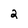
Character: 2